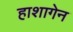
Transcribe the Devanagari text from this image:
हाशागेन